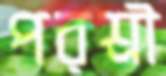
পরশ্রী